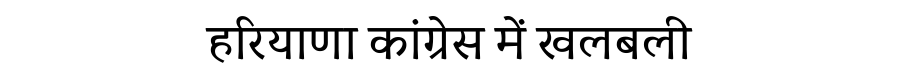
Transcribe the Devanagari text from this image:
हरियाणा कांग्रेस में खलबली